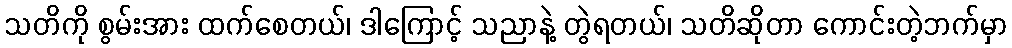
သတိကို စွမ်းအား ထက်စေတယ်၊ ဒါကြောင့် သညာနဲ့ တွဲရတယ်၊ သတိဆိုတာ ကောင်းတဲ့ဘက်မှာ